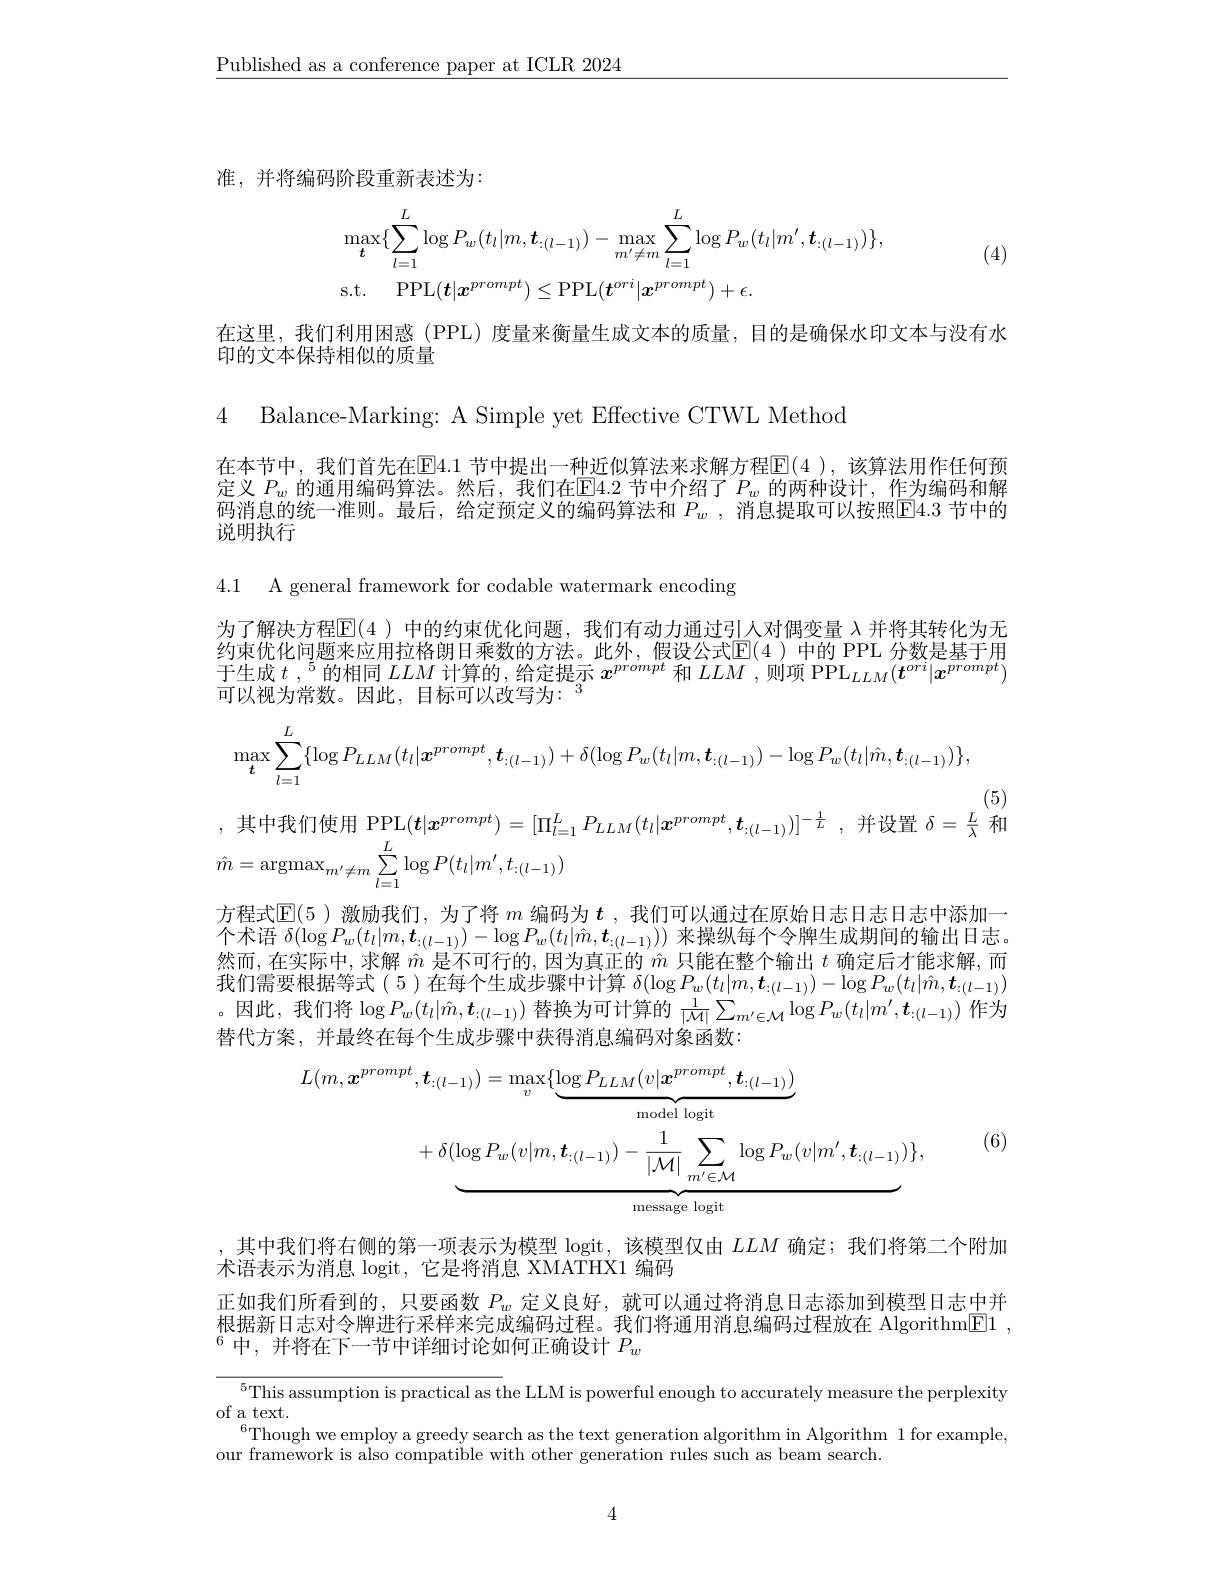
$\underline{\text{Published as a conference paper at ICLR 2024}}$

准，并将编码阶段重新表述为：

(4)
$$\begin{aligned}&\max_{\boldsymbol{t}}\{\sum_{l=1}^{L}\log P_{w}(t_{l}|m,\boldsymbol{t}_{:(l-1)})-\max_{m^{\prime}\neq m}\sum_{l=1}^{L}\log P_{w}(t_{l}|m^{\prime},\boldsymbol{t}_{:(l-1)})\},\\&\mathrm{s.t.}\quad\mathrm{PPL}(\boldsymbol{t}|\boldsymbol{x}^{prompt})\leq\mathrm{PPL}(\boldsymbol{t}^{ori}|\boldsymbol{x}^{prompt})+\epsilon.\end{aligned}$$
在这里，我们利用困惑(PPL)度量来衡量生成文本的质量，目的是确保水印文本与没有水
印的文本保持相似的质量

4 Balance-Marking: A Simple yet Effective CTWL Method

在本节中，我们首先在E4.1 节中提出一种近似算法来求解方程E(4 ),该算法用作任何预定义$P_w$的通用编码算法。然后，我们在$\overline\text{E4.2 节中介绍了}P_w$的两种设计，作为编码和解码消息的统一准则。最后，给定预定义的编码算法和$P_w$ , 消息提取可以按照$\overline{\mathbb{E}}4.3$节中的说明执行

4.1 A general framework for codable watermark encoding

为了解决方程$\mathbb{E}(4)$中的约束优化问题，我们有动力通过引人对偶变量$\lambda$并将其转化为无约束优化问题来应用拉格朗日乘数的方法。此外，假设公式$\mathbb{E}(4$ )中的 PPL 分数是基于用于生成$t$ ,$^5$的相同$LLM$计算的，给定提示$x^prompt$和$LLM$ ,则项 PPL$_LLM(t^{ori}|x^{prompt})$ 可以视为常数。因此，目标可以改写为：
$$\max\limits_{\boldsymbol{t}}\sum\limits_{l=1}^{L}\{\log P_{LLM}(t_{l}|\boldsymbol{x}^{prompt},\boldsymbol{t}_{:(l-1)})+\delta(\log P_{w}(t_{l}|m,\boldsymbol{t}_{:(l-1)})-\log P_{w}(t_{l}|\hat{m},\boldsymbol{t}_{:(l-1)})\},$$
其中我们使用 PPL$(\boldsymbol{t}|\boldsymbol{x}^{prompt})=[\Pi_{l=1}^LP_{LLM}(t_l|\boldsymbol{x}^{prompt},\boldsymbol{t}_{:(l-1)})]^{-\frac1L}$,并设置$\delta=\frac L\lambda$和
$$\hat{m}=\mathrm{argmax}_{m'\neq m}\sum_{l=1}^{L}\log P(t_{l}|m',t_{:(l-1)})$$
方程式$\mathbb{E}(5$ )激励我们，为了将$m$编码为$t$ ,我们可以通过在原始日志日志日志中添加一个术语$\delta(\log P_w(t_l|m,\boldsymbol{t}_{:(l-1)})-\log P_w(t_l|\hat{m},\boldsymbol{t}_{:(l-1)}))$来操纵每个令牌生成期间的输出日志。然而，在实际中，求解$\hat{m}$是不可行的，因为真正的$\hat{m}$只能在整个输出$t$确定后才能求解，而我们需要根据等式(5)在每个生成步骤中计算$\delta(\log P_w(t_l|m,\boldsymbol{t}_{:(l-1)})-\log P_w(t_l|\hat{m},\boldsymbol{t}_{:(l-1)})$ 。因此，我们将$\log P_w(t_l|\hat{m},\boldsymbol{t}_{:(l-1)})$替换为可计算的$\frac1{|\mathcal{M}|}\sum_{m^{\prime}\in\mathcal{M}}\log P_w(t_l|m^{\prime},\boldsymbol{t}_{:(l-1)})$作为替代方案，并最终在每个生成步骤中获得消息编码对象函数：
$$\begin{aligned}L(m,\boldsymbol{x}^{prompt},\boldsymbol{t}_{:(l-1)})&=\max_{v}\{\underbrace{\log P_{LLM}(v|\boldsymbol{x}^{prompt},\boldsymbol{t}_{:(l-1)})}_{\mathrm{model~logit}}\\&+\delta(\underbrace{\log P_{w}(v|m,\boldsymbol{t}_{:(l-1)})-\frac{1}{|\mathcal{M}|}\sum_{m^{\prime}\in\mathcal{M}}\log P_{w}(v|m^{\prime},\boldsymbol{t}_{:(l-1)})}_{\mathrm{message~logit}})\},\end{aligned}$$
(6)

,其中我们将右侧的第一项表示为模型 logit, 该模型仅由$LLM$确定；我们将第二个附加
术语表示为消息 logit, 它是将消息 XMATHX1 编码
正如我们所看到的，只要函数$P_w$定义良好，就可以通过将消息日志添加到模型日志中并根据新日志对令牌进行采样来完成编码过程。我们将通用消息编码过程放在 Algorithm[F]1 , $^{6}$中，并将在下一节中详细讨论如何正确设计$P_w$

$^{5}$This assumption is practical as the LLM is powerful enough to accurately measure the perplexity
of a text.
$^{6}$Though we employ a greedy search as the text generation algorithm in Algorithm 1 for example,
our framework is also compatible with other generation rules such as beam search.

4